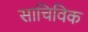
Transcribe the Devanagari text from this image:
साचिविक